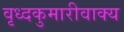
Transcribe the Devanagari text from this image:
वृध्दकुमारीवाक्य